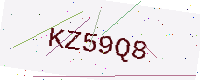
Text: KZ59Q8